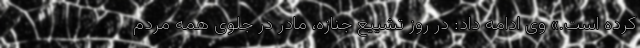
کرده است.» وی ادامه داد: در روز تشییع جنازه، مادر در جلوی همه مردم